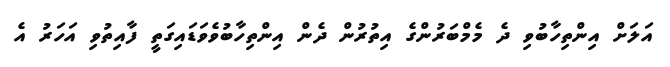
އަލަށް އިންތިހާބުވި ދެ މެމްބަރުންގެ އިތުރުން ދެން އިންތިހާބުވެވަޑައިގަތީ ފާއިތުވި އަހަރު އެ